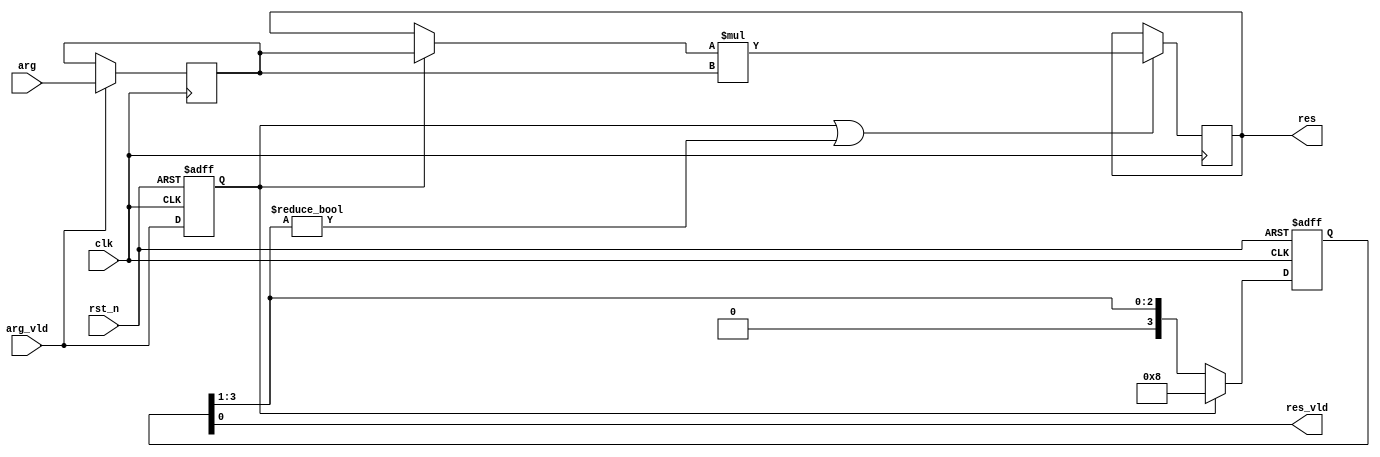
module pow_5_multi_cycle_always
# (
    parameter w = 8
)
(
    input            clk,
    input            rst_n,
    input            arg_vld,
    input  [w - 1:0] arg,
    output           res_vld,
    output [w - 1:0] res
);

    reg           arg_vld_q;
    reg [w - 1:0] arg_q;

    always @ (posedge clk or negedge rst_n)
        if (! rst_n)
            arg_vld_q <= 1'b0;
        else
            arg_vld_q <= arg_vld;
    
    always @ (posedge clk)
        if (arg_vld)
            arg_q <= arg;

    reg [3:0] shift;

    always @ (posedge clk or negedge rst_n)
        if (! rst_n)
            shift <= 4'b0;
        else if (arg_vld_q)
            shift <= 4'b1000;
        else
            shift <= shift >> 1;

    assign res_vld = shift [0];

    reg  [w - 1:0] mul_q;
    wire [w - 1:0] mul_d = (arg_vld_q ? arg_q : mul_q) * arg_q;

    // TODO: reduce switching

    always @(posedge clk)
        if (arg_vld_q || shift [3:1] != 3'b0)
            mul_q <= mul_d;

    assign res = mul_q;

endmodule